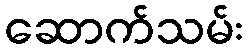
ဆောက်သမ်း